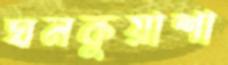
ঘনকুয়াশা